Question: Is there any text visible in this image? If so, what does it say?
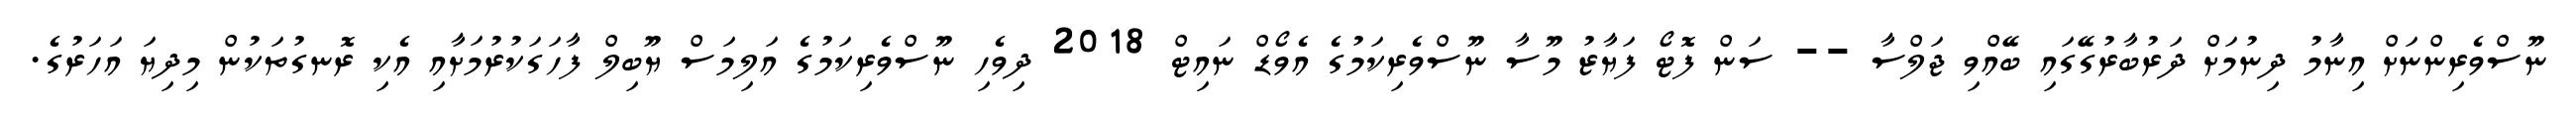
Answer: ނޫސްވެރިންނަށް އިނާމު ދިނުމަށް ދަރުބާރުގޭގައި ބޭއްވި ޖަލްސާ -- ސަން ފޮޓޯ ފަޔާޒު މޫސާ ނޫސްވެރިކަމުގެ އެވޯޑް ނައިޓް 2018 ދިވެހި ނޫސްވެރިކަމުގެ އަލިމަސް ޔޫބިލް ފާހަގަކުރުމަށާއި އެކި ރޮނގުތަކުން މިދިޔަ އަހަރުގެ.